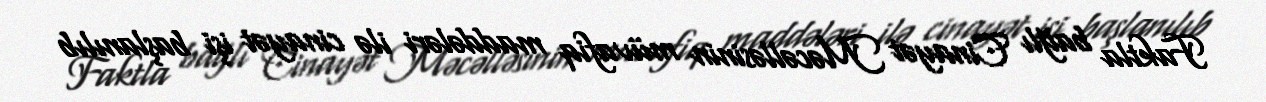
Faktla bağlı Cinayət Məcəlləsinin müvafiq maddələri ilə cinayət işi başlanılıb